Vaccination North-Western Provinces 1866-1877 - 1866-1877
Year: 1866
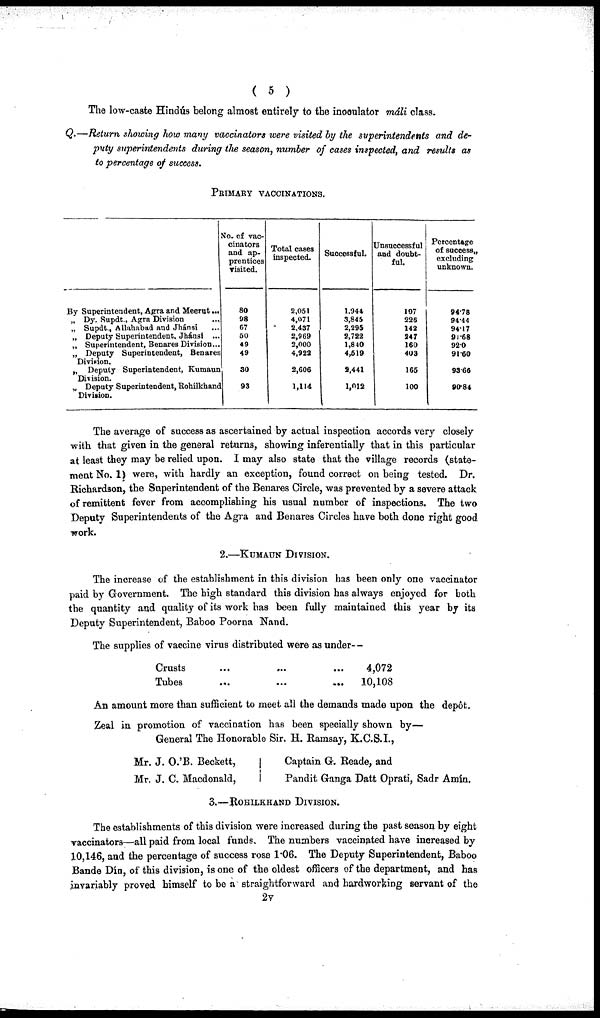
( 5 )
The low-caste Hindús belong almost entirely to the inoculator máli class.
Q.—Return showing how many vaccinators were visited by the superintendents and de-
puty superintendents during the season, number of cases inspected, and results as
to percentage of success.
PRIMARY VACCINATIONS.
By Superintendent, Agra and Meerut...
„ Dy. Supdt., Agra Division ...
„ Supdt., Allahabad and Jhánsi ...
„ Deputy Superintendent, Jhánsi ...
„ Superintendent, Benares Division...
„ Deputy Superintendent, Benares
Division.
„ Deputy Superintendent, Kumaun
Division.
„ Deputy Superintendent, Rohilkhand
Division.
No. of vac-
cinators
and ap-
prentices
visited.
80
98
67
50
49
49
30
93
Total cases
inspected.
2,051
4,071
2,437
2,969
2,000
4,922
2,606
1,114
Successful.
1,944
3,845
2,295
2,722
1,840
4,519
9,441
1,012
Unsuccessful
and doubt-
ful.
107
226
142
247
160
403
165
100
Percentage
of success,
excluding
unknown.
94.78
94.44
94.17
91.68
92.0
91.60
93.66
90.84
The average of success as ascertained by actual inspection accords very closely
with that given in the general returns, showing inferentially that in this particular
at least they may be relied upon. I may also state that the village records (state-
ment No. 1) were, with hardly an exception, found correct on being tested. Dr.
Richardson, the Superintendent of the Benares Circle, was prevented by a severe attack
of remittent fever from accomplishing his usual number of inspections. The two
Deputy Superintendents of the Agra and Benares Circles have both done right good
work.
2.—KUMAUN DIVISION.
The increase of the establishment in this division has been only one vaccinator
paid by Government. The high standard this division has always enjoyed for both
the quantity and quality of its work has been fully maintained this year by its
Deputy Superintendent, Baboo Poorna Nand.
The supplies of vaccine virus distributed were as under—
Crusts
Tubes
...
...
...
...
...
...
4,072
10,108
An amount more than sufficient to meet all the demands made upon the depôt.
Zeal in promotion of vaccination has been specially shown by—
General The Honorable Sir. H. Ramsay, K.C.S.I.,
Mr. J. O.'B. Beckett,
Mr. J. C. Macdonald,
Captain G. Reade, and
Pandit Ganga Datt Oprati, Sadr Amin.
3.—ROHILKHAND DIVISION.
The establishments of this division were increased during the past season by eight
vaccinators—all paid from local funds. The numbers vaccinated have increased by
10,146, and the percentage of success rose 1.06. The Deputy Superintendent, Baboo
Bande Din, of this division, is one of the oldest officers of the department, and has
invariably proved himself to be a straightforward and hardworking servant of the
2v